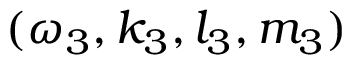
( \omega _ { 3 } , k _ { 3 } , l _ { 3 } , m _ { 3 } )